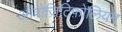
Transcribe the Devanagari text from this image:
ऑपोज़िटिफ़ोलियम